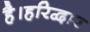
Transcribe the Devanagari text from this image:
है।हरिद्वार